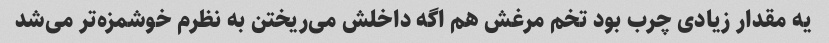
یه مقدار زیادی چرب بود تخم مرغش هم اگه داخلش می‌ریختن به نظرم خوشمزه‌تر می‌شد